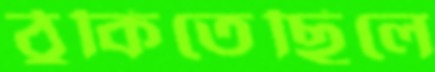
ঠুকিতেছিলে